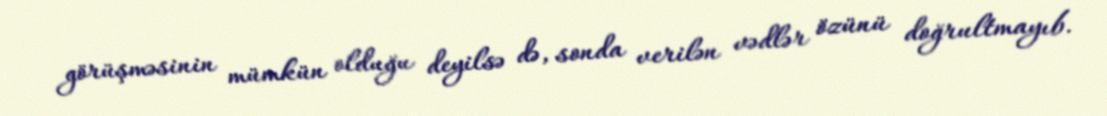
görüşməsinin mümkün olduğu deyilsə də, sonda verilən vədlər özünü doğrultmayıb.